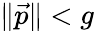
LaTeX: \| {\vec{p}}\| <g\,